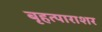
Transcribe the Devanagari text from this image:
बृहत्पाराशर